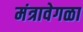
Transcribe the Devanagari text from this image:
मंत्रावेगळा